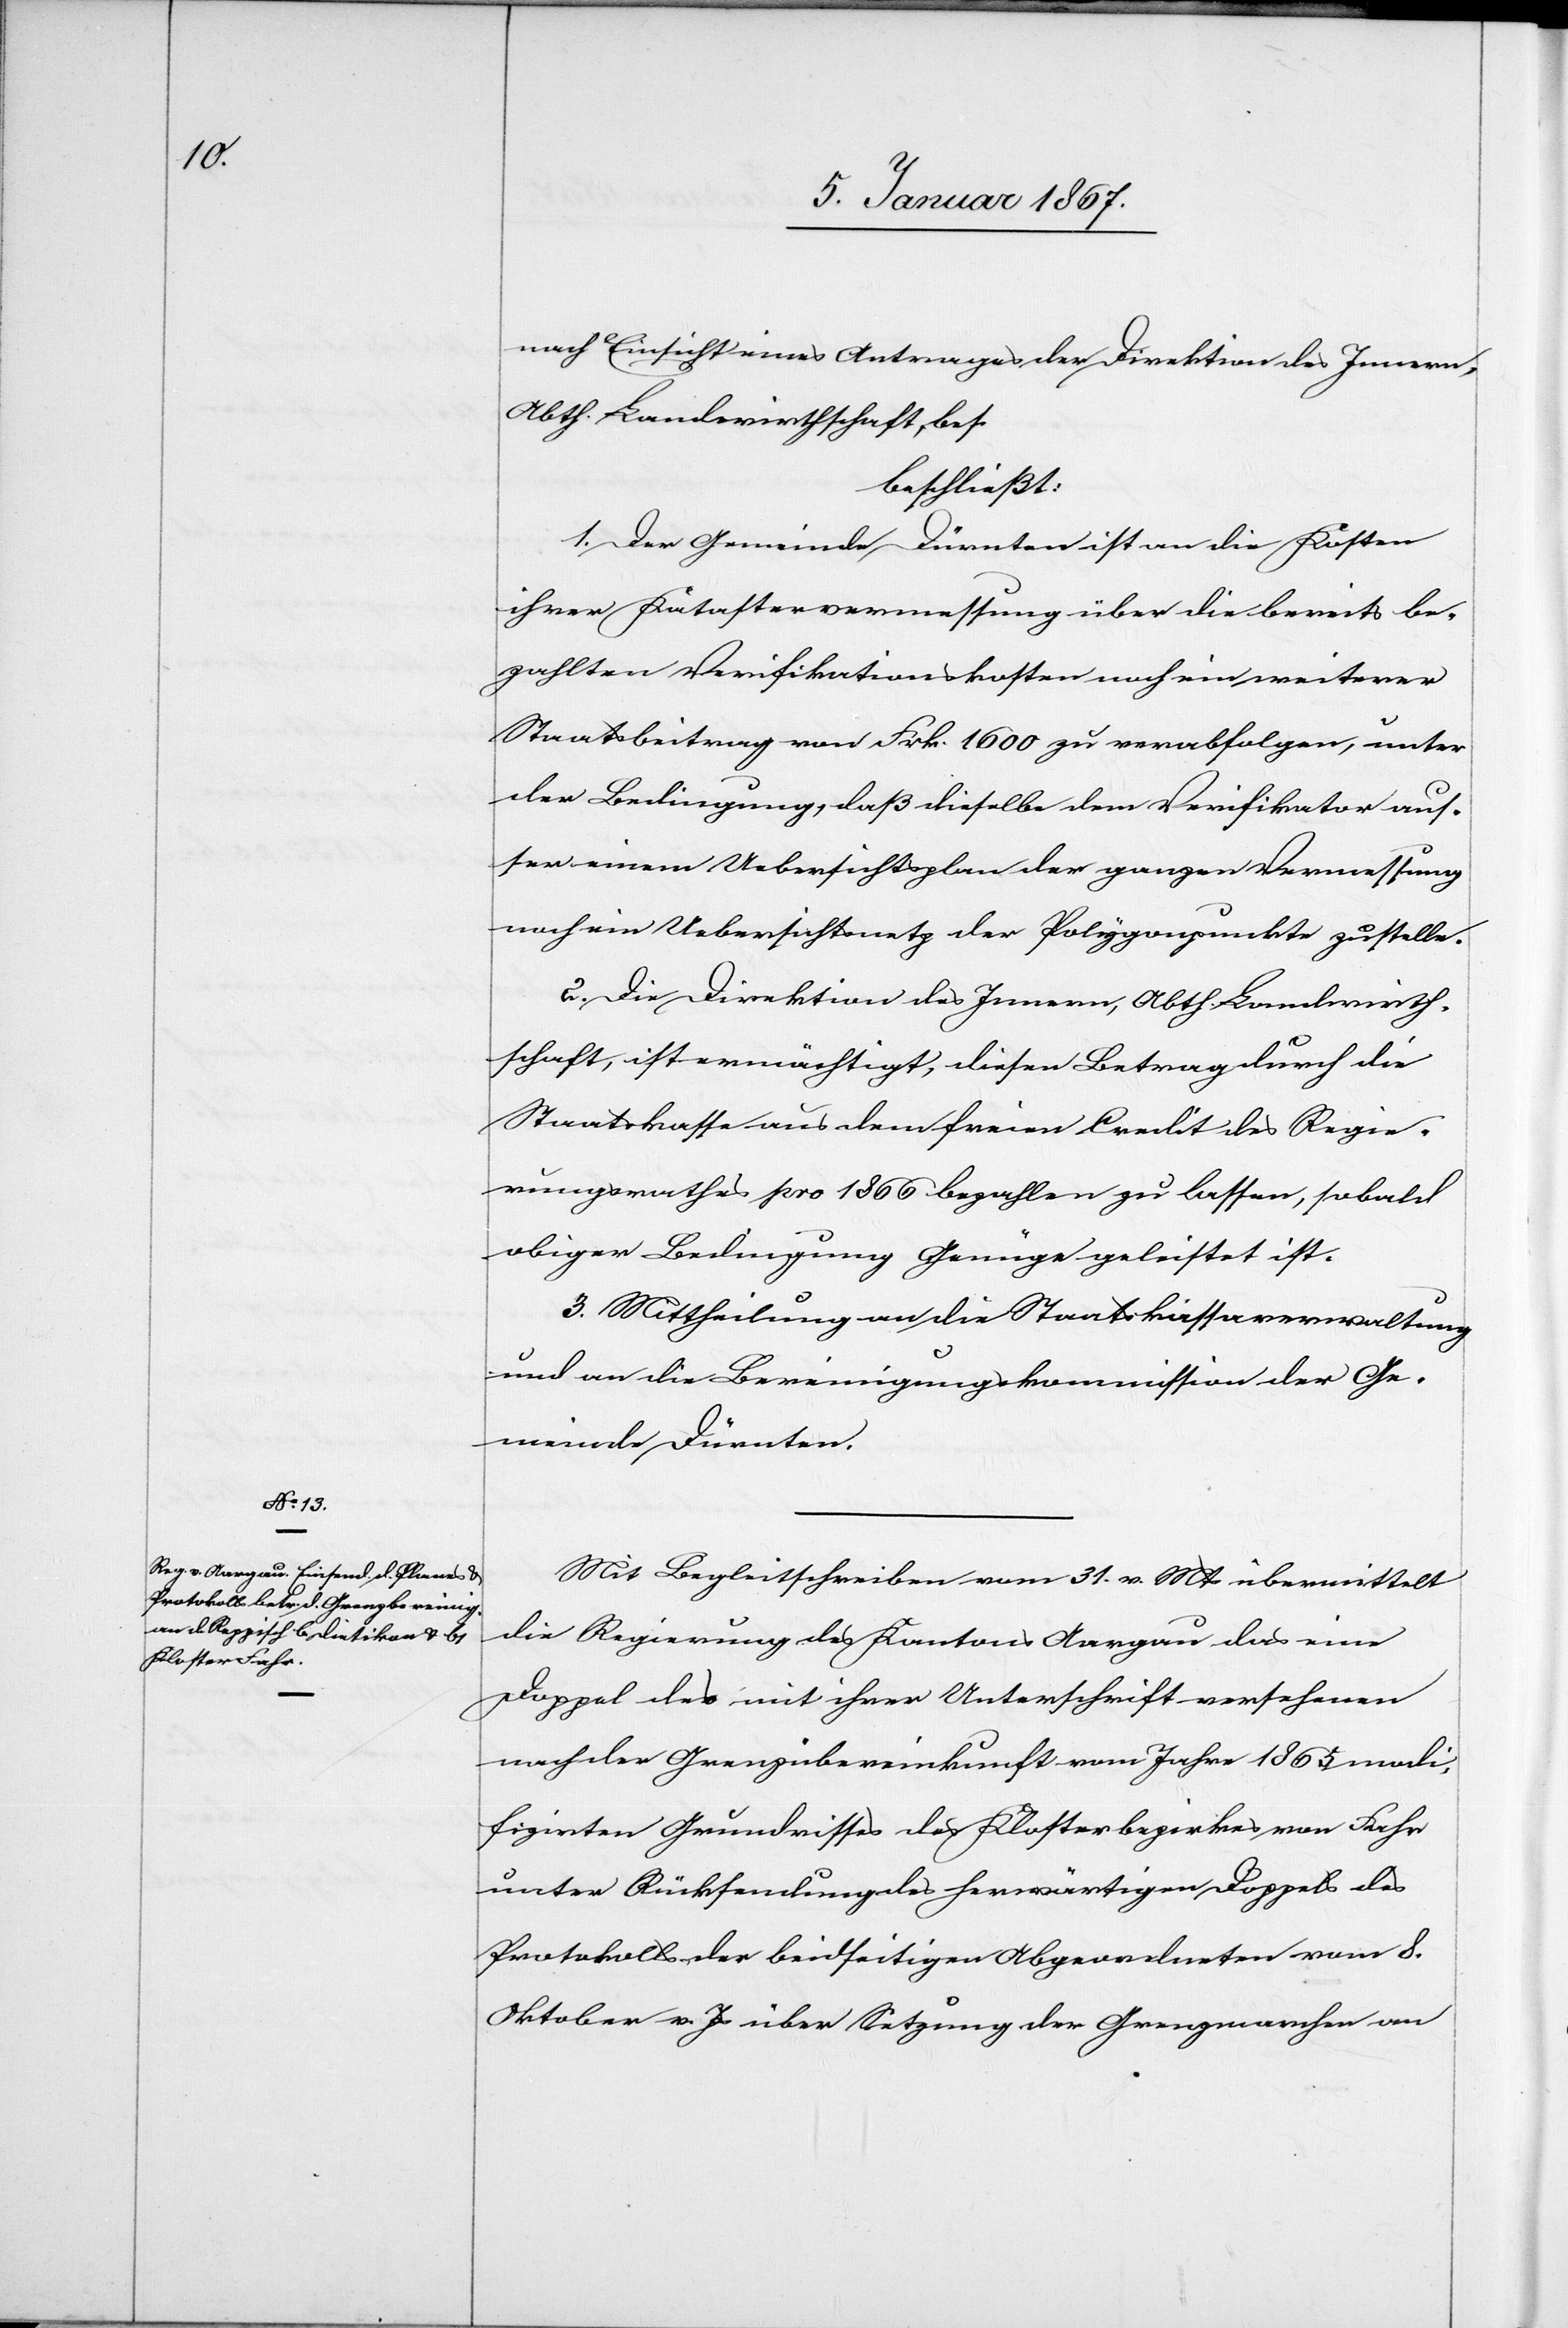
nach Einsicht eines Antrages der Direktion des Innern,
Abth. Landwirtschaft, bes
beschließt:
1. Der Gemeinde Dürnten ist an die Kosten
ihrer Katastervermessung über die bereits be¬
zahlten Verifikationskosten noch ein weiterer
Staatsbeitrag von Frk. 1600 zu verabfolgen, unter
der Bedingung, daß dieselbe dem Verifikator auß¬
er einem Uebersichtsplan der ganzen Vermessung
noch ein Uebersichtsnetz der Polygonpunkte zustelle.
2. Die Direktion des Innern, Abth. Landwirt¬
schaft, ist ermächtigt, diesen Betrag durch die
Staatskasse aus dem freien Credit des Regie¬
rungsrathes pro 1866 bezahlen zu lassen, sobald
obiger Bedingung Genüge geleistet ist.
3. Mittheilung an die Staatskassaverwaltung
und an die Bereinigungskommission der Ge¬
meinde Dürnten.
Mit Begleitschreiben vom 31. v. Mts übermittelt
die Regierung des Kantons Aargau das eine
Doppel des mit ihrer Unterschrift versehenen
nach der Grenzübereinkunft vom Jahre 1865 modi¬
fizierten Grundrisses des Klosterbezirkes von Fahr
unter Rücksendung des herwärtigen Doppels des
Protokolls der beidseitigen Abgeordneten vom 8.
Oktober v. Js über Setzung der Grenzmarchen an